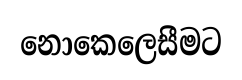
නොකෙලෙසීමට